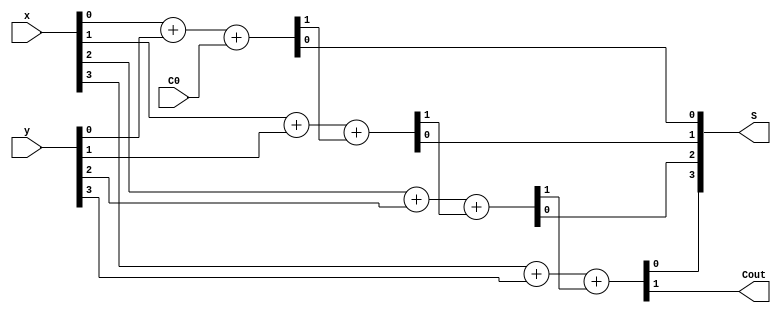
module parellel_4bit(x,y,C0,S,Cout);
input [3:0] x,y;
input C0;
output [3:0] S;
output Cout;

wire C1,C2,C3;

assign {C1,S[0]} = full_adder(x[0],y[0],C0);
assign {C2,S[1]} = full_adder(x[1],y[1],C1);
assign {C3,S[2]} = full_adder(x[2],y[2],C2);
assign {Cout,S[3]} = full_adder(x[3],y[3],C3);

function [1:0] full_adder;
input a,b,Cin;
full_adder = a + b +Cin;
endfunction

endmodule